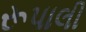
રૂપાલી